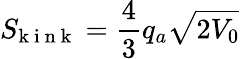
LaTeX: S_{\! \mathrm{~k~i~n~k~}}=\frac{4}{3}q_{a}\sqrt{2V_{0}}